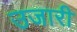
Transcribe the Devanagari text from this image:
उजारी